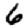
Digit: 6